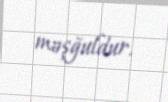
məşğuldur.